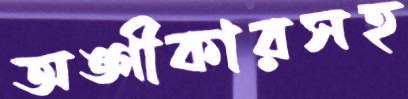
অঙ্গীকারসহ